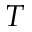
T